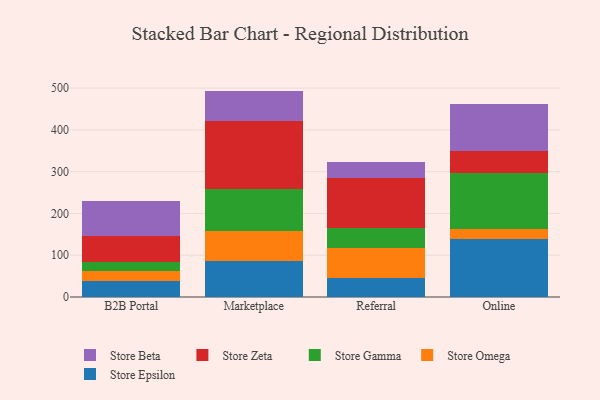
{"axis": {"x": "Channel", "y": "Conversion Rate (%)"}, "legend": ["Store Beta", "Store Epsilon", "Store Gamma", "Store Omega", "Store Zeta"], "data": [{"x": "B2B Portal", "y": 38.1, "type": "Store Epsilon"}, {"x": "B2B Portal", "y": 24.3, "type": "Store Omega"}, {"x": "B2B Portal", "y": 20.9, "type": "Store Gamma"}, {"x": "B2B Portal", "y": 63.6, "type": "Store Zeta"}, {"x": "B2B Portal", "y": 83.4, "type": "Store Beta"}, {"x": "Marketplace", "y": 86.2, "type": "Store Epsilon"}, {"x": "Marketplace", "y": 70.8, "type": "Store Omega"}, {"x": "Marketplace", "y": 100.8, "type": "Store Gamma"}, {"x": "Marketplace", "y": 162.9, "type": "Store Zeta"}, {"x": "Marketplace", "y": 72.7, "type": "Store Beta"}, {"x": "Referral", "y": 46.5, "type": "Store Epsilon"}, {"x": "Referral", "y": 70.3, "type": "Store Omega"}, {"x": "Referral", "y": 48.9, "type": "Store Gamma"}, {"x": "Referral", "y": 120.0, "type": "Store Zeta"}, {"x": "Referral", "y": 37.6, "type": "Store Beta"}, {"x": "Online", "y": 139.4, "type": "Store Epsilon"}, {"x": "Online", "y": 23.9, "type": "Store Omega"}, {"x": "Online", "y": 134.1, "type": "Store Gamma"}, {"x": "Online", "y": 53.1, "type": "Store Zeta"}, {"x": "Online", "y": 112.4, "type": "Store Beta"}]}